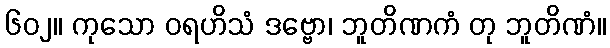
၆၀၂။ ကုသော ဝရဟိသံ ဒဗ္ဗော၊ ဘူတိဏကံ တု ဘူတိဏံ။